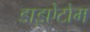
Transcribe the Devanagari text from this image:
डाइऐटोम